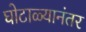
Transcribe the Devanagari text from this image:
घोटाळ्यानंतर